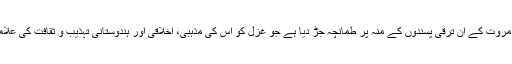
ملّا صاحب نے یہاں بھی بغیر کسی لاگ لپٹ اور مروت کے ان ترقی پسندوں کے منہ پر طمانچہ جڑ دیا ہے جو غزل کو اس کی مذہبی، اخلاقی اور ہندوستانی تہذیب و ثقافت کی علامت ہونے کی وجہ سے مٹا دینے کے درپے تھے۔